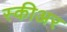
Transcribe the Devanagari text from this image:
स्कीअर